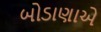
બોડાણાએ